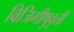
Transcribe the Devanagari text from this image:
विजिगीषुवृत्ती